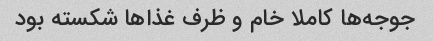
جوجه‌ها کاملا خام و ظرف غذا‌ها شکسته بود